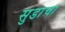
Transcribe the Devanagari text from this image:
सुडाचा